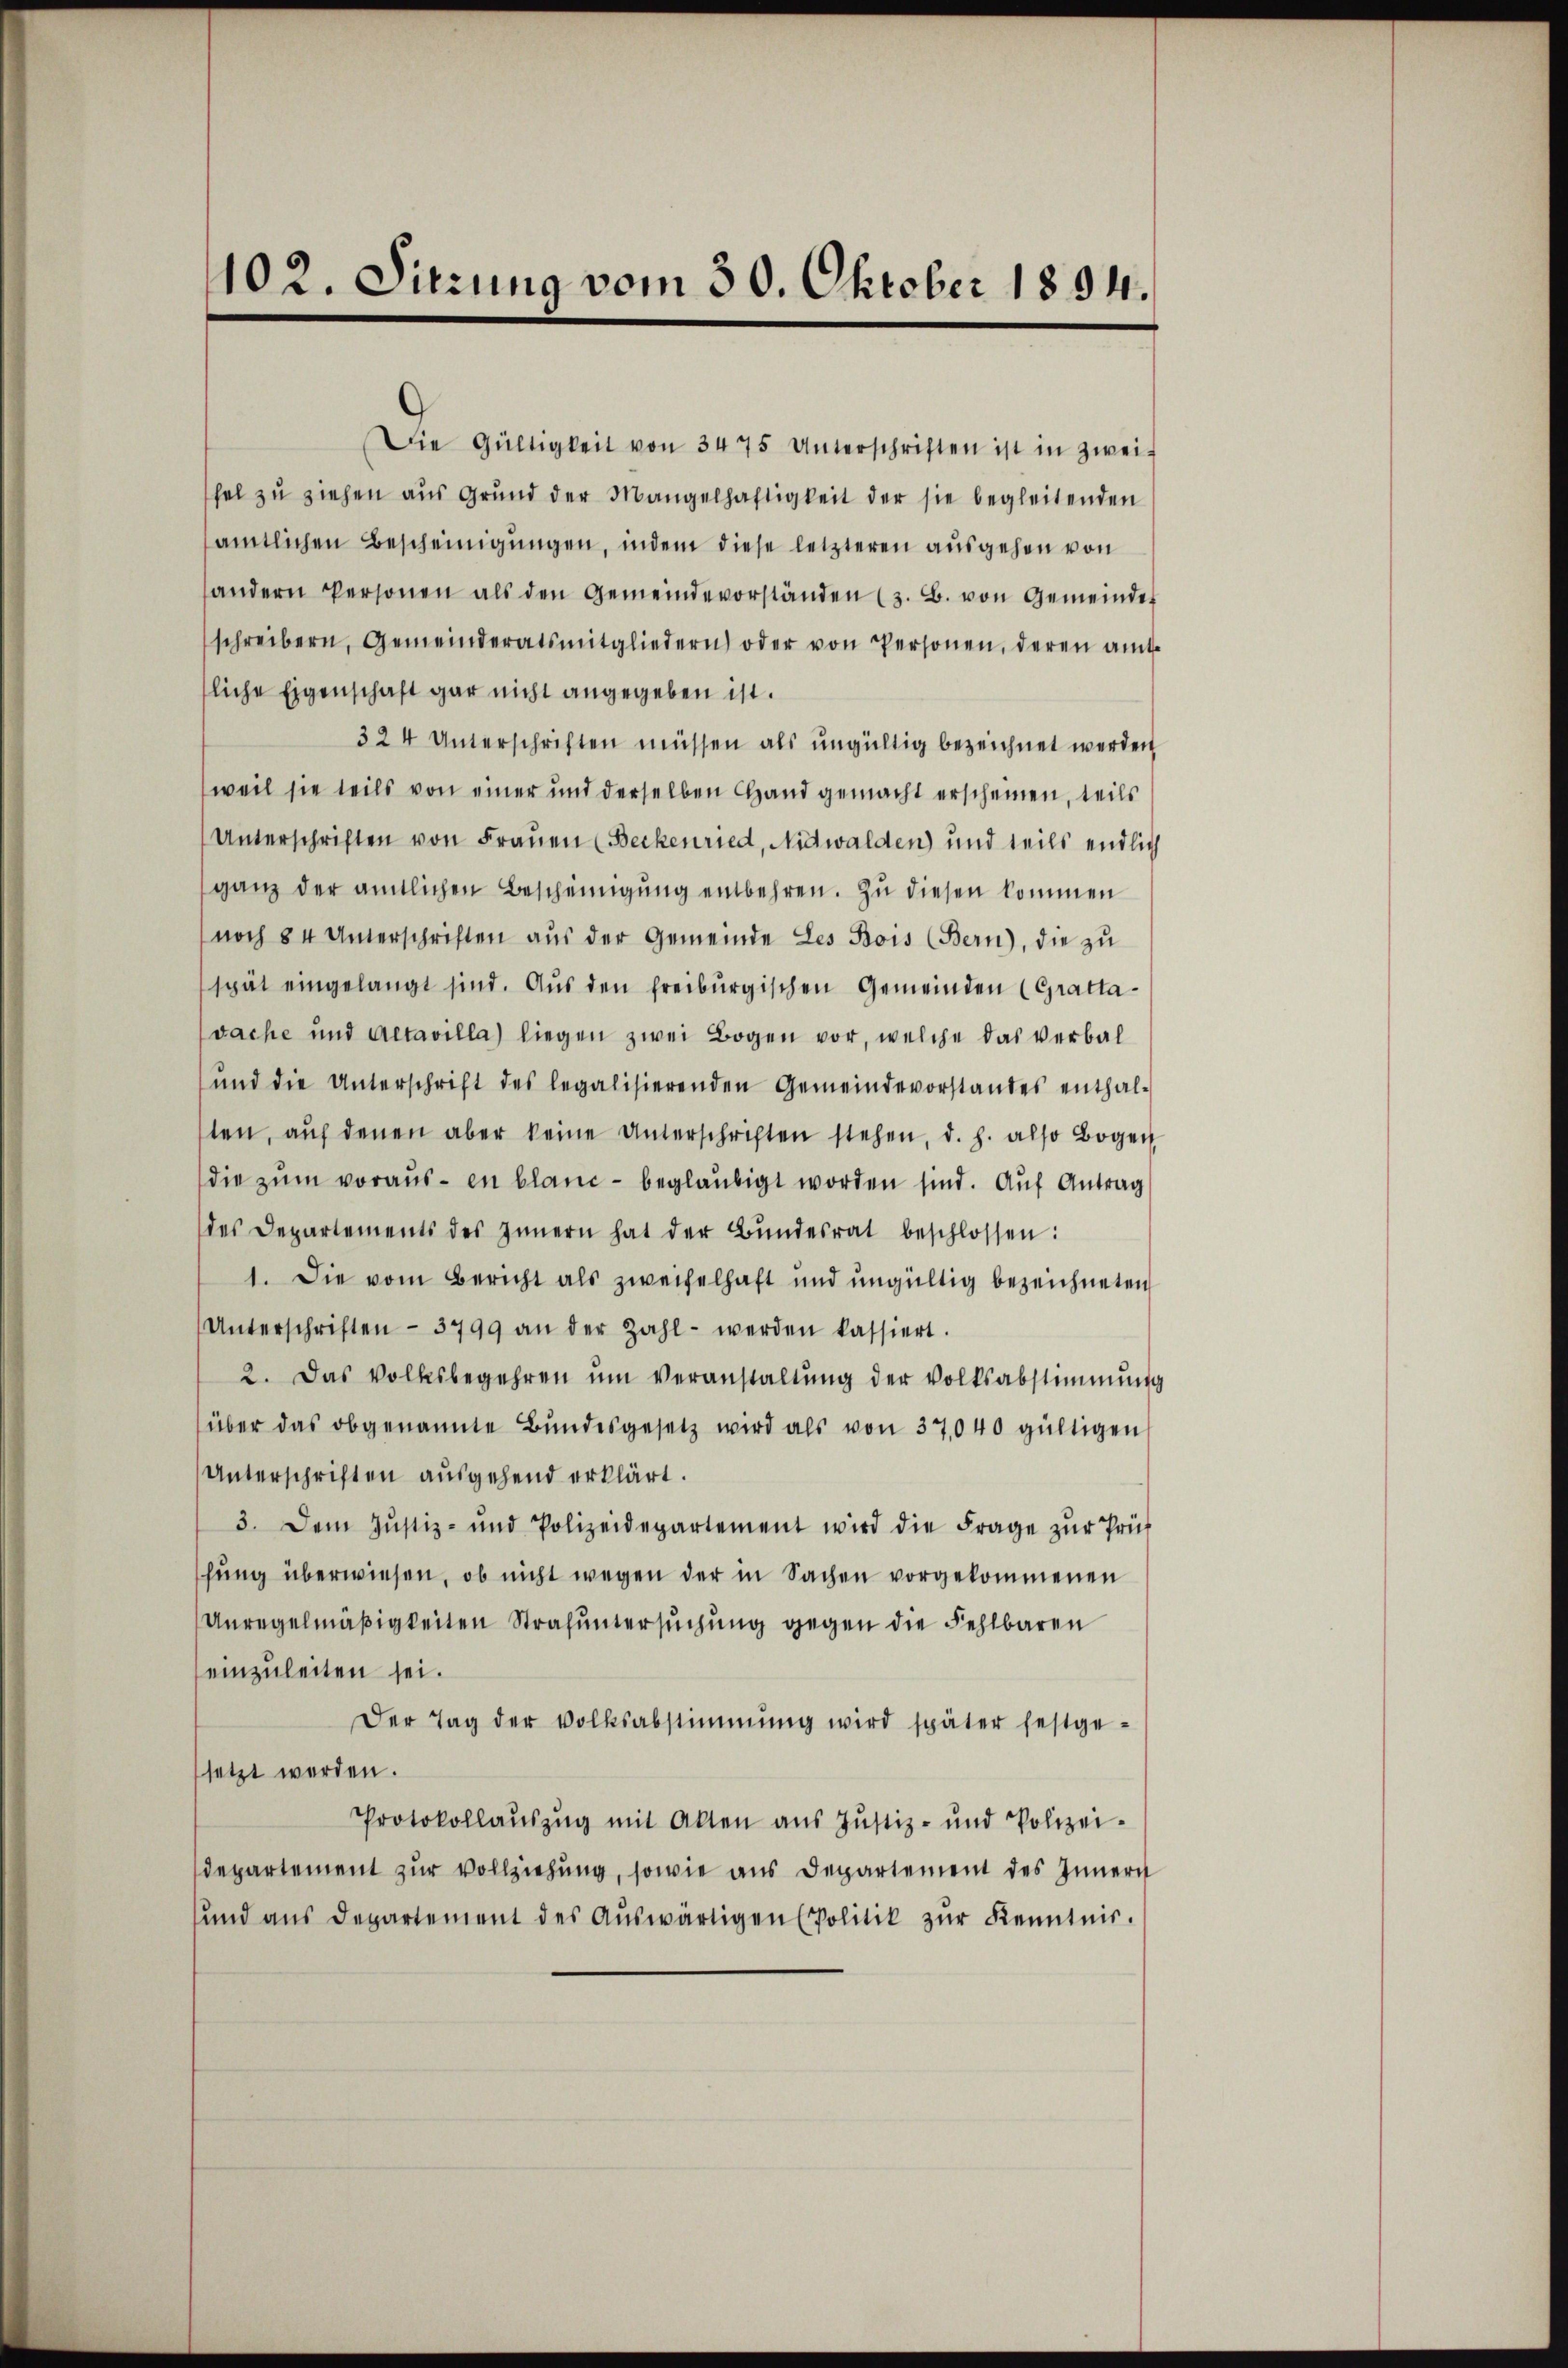
102. Sitzung vom 30. Oktober 1894.

weil sie teils von einer und derselben Hand gemacht erscheinen, teils
Unterschriften von Frauen (Beckenried, Nidwalden) und teils endlich
ganz der amtlichen Bescheinigung entbehren. Zu diesen kommen
noch 84 Unterschriften aus der Gemeinde Les Bois (Bern), die zu
spät eingelangt sind. Aŭs den freiburgischen Gemeinden (Gratta-
vache und Actavilla liegen zwei Bogen vor, welche das verbalŭnd die Unterschrift des legalisierenden Gemeindevorstandes enthal-
ten, aŭf denen aber keine Unterschriften stehen, d. h. also Bogen
die zum voraus- in blanc- beglaubigt worden sind. Auf Antrag
des Departements des Innern hat der Bŭndesrat beschlossen:
1. Die vom Bericht als zweifelhaft und ungültig bezeichneten
Unterschriften - 3799 an der Zahl- werden kassiert.
2. Das Volksbegehren ŭm veranstaltŭng der Volksabstimmung
über das obgenannte Bŭndesgesetz wird als von 37,040 gültigen
Unterschriften ausgehend erklärt.
3. Dem Justiz- und Polizeidepartement wird die Frage zŭr Prüf
hung überwiesen, ob nicht wegen der in Sachen vorgekommenen
Anregelmäβigkeiten Strafŭntersŭchŭng gegen die Fehlbaren
einzuleiten sei.
Der Tag der Volksabstimmung wird später festge-
setzt werden.
Protokollaŭszŭg mit Akten aŭs Jŭstiz- und Polizei-
departement zur Vollziehung, sowie aus Departement des Innern
und ans Departement des Aŭswärtigen Politik zŭr Kenntnis.

Die Gültigkeit von 3475 Unterschriften ist in zweif
hel zŭ ziehen aŭs Grŭnd der Mangelhaftigkeit der sie begleitenden
amtlichen Bescheinigungen, indem diese letzteren ausgehen von
andern Personen als den Gemeindevorständen (z. B. von Gemeinder
schreibern, Gemeinderatsmitgliedern oder von Personen, deren amt
sliche Eigenschaft gar nicht angegeben ist.
324 Unterschriften müssen als ungültig bezeichnet werden